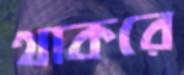
থাকরে